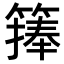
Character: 𥲶